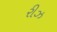
રીઝ